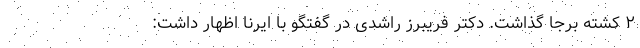
۲ کشته برجا گذاشت. دکتر فریبرز راشدی در گفتگو با ایرنا اظهار داشت: